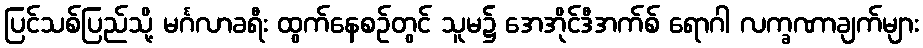
ပြင်သစ်ပြည်သို့ မင်္ဂလာခရီး ထွက်နေစဉ်တွင် သူမ၌ အေအိုင်ဒီအက်စ် ရောဂါ လက္ခဏာချက်များ